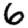
Digit: 6